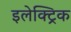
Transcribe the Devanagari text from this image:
इलेक्ट्रिक